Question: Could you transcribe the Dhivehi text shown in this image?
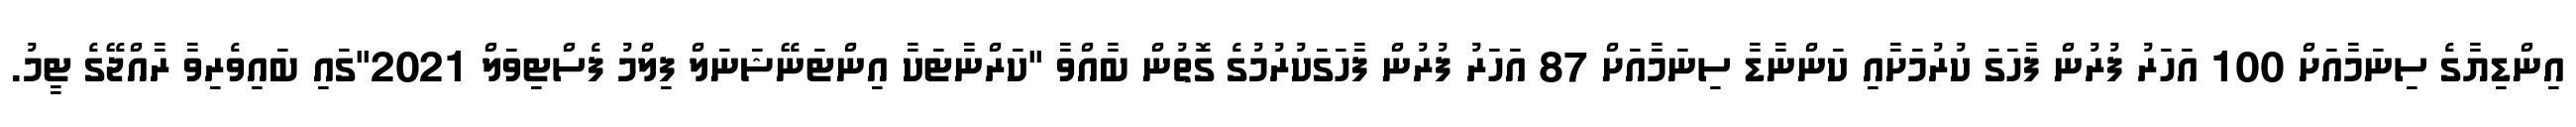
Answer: އިންޑިޔާގެ ސިނަމާއަށް 100 އަހަރު ފުރުން ފާހަގަ ކުރުމަށާއި ކަންނާޑާ ސިނަމާއަށް 87 އަހަރު ފުރުން ފާހަގަކުރުމުގެ ގޮތުން ބާއްވާ "ކަރްނާޓަކާ އިންޓަނޭޝަނަލް ފިލްމު ފެސްޓިވަލް 2021"ގައި ބައިވެރިވާ ރާއްޖޭގެ ޓީމު.